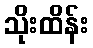
သိုးထိန်း